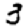
Digit: 3